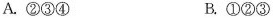
A.②③④ B.①②③